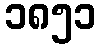
၁၈၅၁